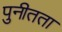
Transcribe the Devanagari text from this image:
पुनीतता